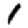
Digit: 1